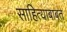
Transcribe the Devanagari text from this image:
साहित्याबाबत